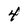
Character: 4